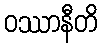
ဝဿာနီတိ